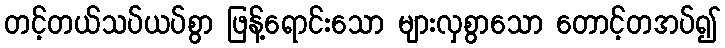
တင့်တယ်သပ်ယပ်စွာ ဖြန့်ရောင်းသော များလှစွာသော တောင့်တအပ်၍